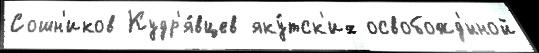
Сошн'иков Кудр'я́вцев яку́тск'их освобожд'́нной